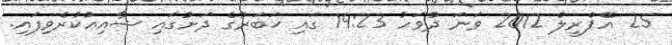
25 އޭޕްރީލް 2012 ވަނަ ދުވަހު 19:23 ގައި ޚަބަރުގެ ދަށުގައި ޝާއިޢުކުރެވިފައި.